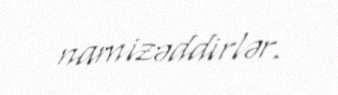
namizəddirlər.